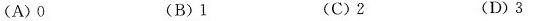
(A)0 (B)1 (C)2 (D)3